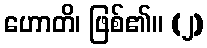
ဟောတိ၊ ဖြစ်၏။ (၂)